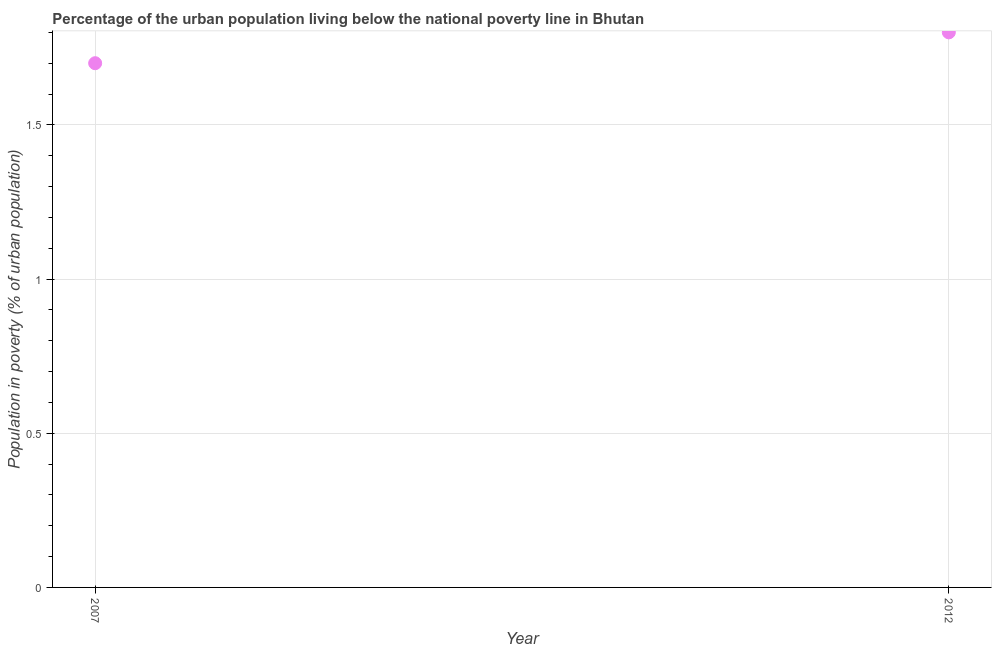
| Year | Urban poverty headcount ratio |
 | --- | --- |
 | 2007 | 1.7 |
 | 2012 | 1.8 |